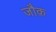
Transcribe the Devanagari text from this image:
जौक़